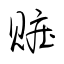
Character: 賍